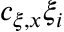
c _ { \xi , x } \xi _ { i }